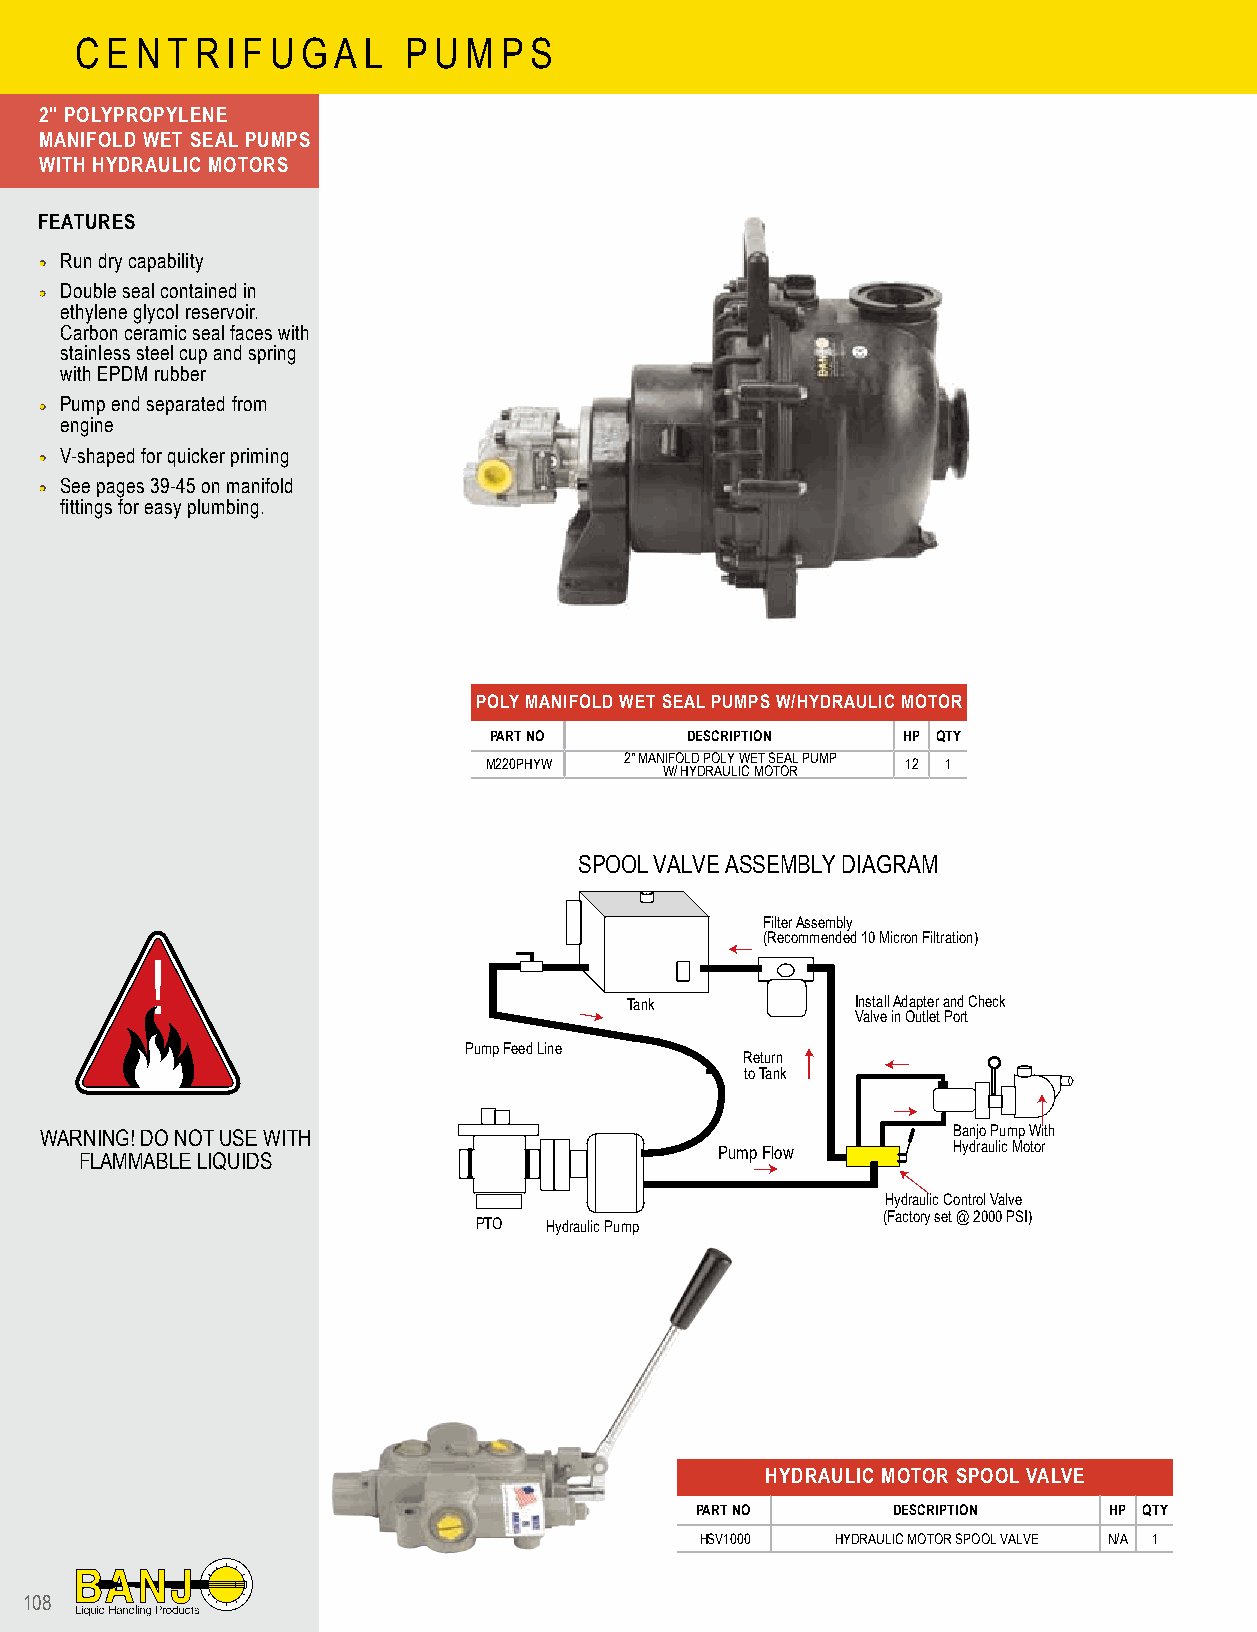
C E N T R I F U G A L P U M P S
 2" POLYPROPYLENE
 MANIFOLD WET SEAL PUMPS
 WITH HYDRAULIC MOTORS
 FEATURES
 •• Run dry capability
 •• Double seal contained in
 ethylene glycol reservoir.
 Carbon ceramic seal faces with
 stainless steel cup and spring
 with EPDM rubber
 •• Pump end separated from
 engine
 •• V-shaped for quicker priming
 •• See pages 39-45 on manifold
 fittings for easy plumbing.
 POLY MANIFOLD WET SEAL PUMPS W/HYDRAULIC MOTOR
 PART NO      DESCRIPTION    HP QTY
 M220PHYW 2" MAN WIF /O HL YD D P RO AL UY L IW CE MT O S TE OA RL PUMP 12 1
 SPOOL VALVE ASSEMBLY DIAGRAM
 Filter Assembly
 (Recommended 10 Micron Filtration)
 !
 Tank            Install Adapter and Check
 Valve in Outlet Port
 Pump Feed Line
 Return
 to Tank
 WARNING! DO NOT USE WITH                                    Banjo Pump With
 Pump Flow      Hydraulic Motor
 FLAMMABLE LIQUIDS
 Hydraulic Control Valve
 (Factory set @ 2000 PSI)
 PTO  Hydraulic Pump
 HYDRAULIC MOTOR SPOOL VALVE
 PART NO      DESCRIPTION   HP QTY
 HSV1000  HYDRAULIC MOTOR SPOOL VALVE N/A 1
 108